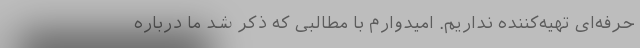
حرفه‌ای تهیه‌کننده نداریم. امیدوارم با مطالبی که ذکر شد ما درباره